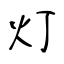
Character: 灯